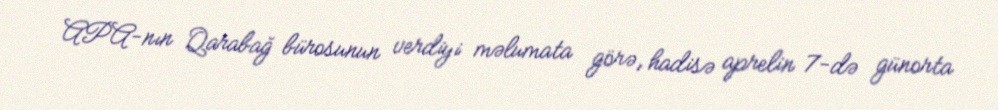
APA-nın Qarabağ bürosunun verdiyi məlumata görə, hadisə aprelin 7-də günorta